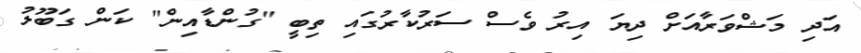
އަދި މަޝްވަރާއަށް ދިޔަ އިރު ވެސް ސަރުކާރުގައި ތިބީ "ގުންޑާއިން" ކަން ގަބޫލު